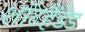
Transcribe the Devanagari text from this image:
शॉटहैंडेड